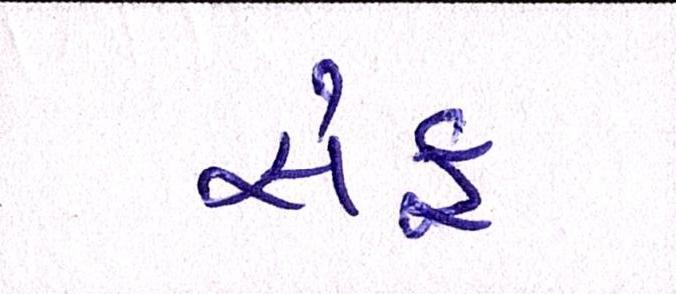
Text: સેફ